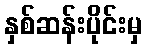
နှစ်ဆန်းပိုင်းမှ